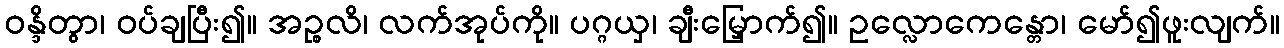
ဝန္ဒိတွာ၊ ဝပ်ချပြီး၍။ အဉ္စလိ၊ လက်အုပ်ကို။ ပဂ္ဂယှ၊ ချီးမြှောက်၍။ ဥလ္လောကေန္တော၊ မော်၍ဖူးလျက်။